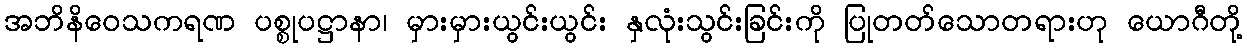
အဘိနိဝေသကရဏ ပစ္စုပဋ္ဌာနာ၊ မှားမှားယွင်းယွင်း နှလုံးသွင်းခြင်းကို ပြုတတ်သောတရားဟု ယောဂီတို့